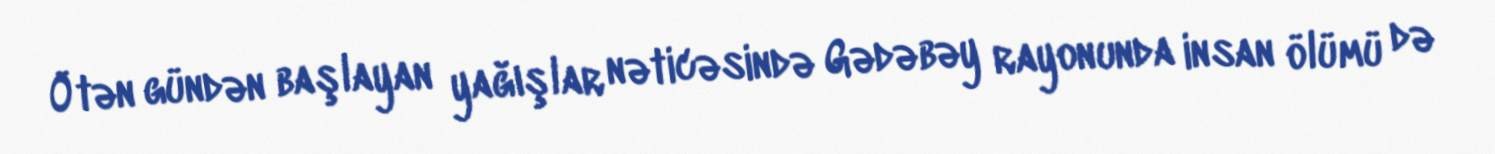
Ötən gündən başlayan yağışlar nəticəsində Gədəbəy rayonunda insan ölümü də